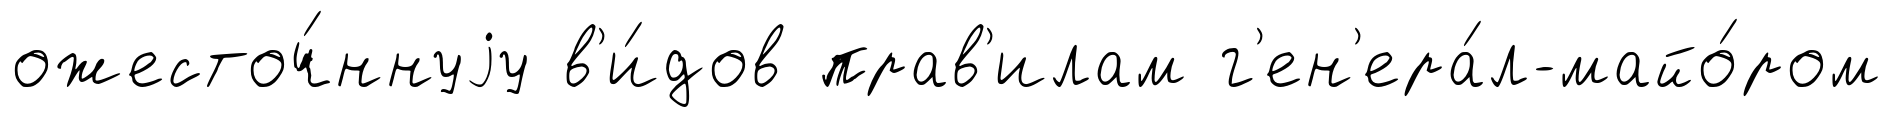
ожесточ́ннуjу в'и́дов прав'илам г'ен'ера́л-майо́ром